Lock hospitals Punjab
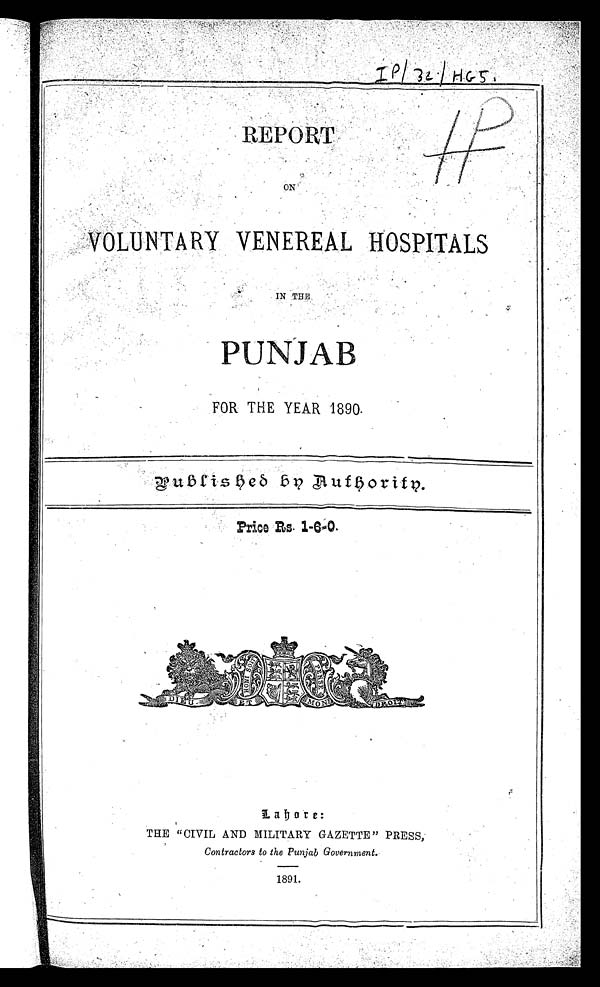
REPORT
ON
VOLUNTARY VENEREAL HOSPITALS
IN. THE
PUNJAB
FOR THE YEAR 1890.
Published by Authority.
Price Rs. 1-6.0.
L a h o r e :
THE "CIVIL AND MILITARY GAZETTE" PRESS
Contractors to the Punjab Government.
1891.